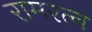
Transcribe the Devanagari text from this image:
रामरत्‍न